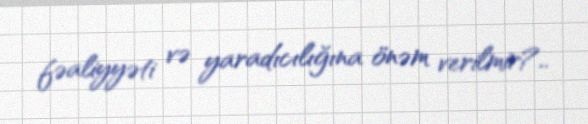
fəaliyyəti və yaradıcılığına önəm verilmir?..